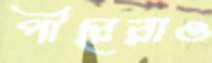
পীরেরাও